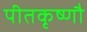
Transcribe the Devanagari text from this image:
पीतकृष्णौ